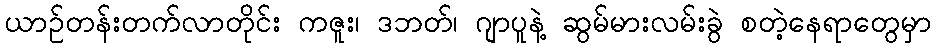
ယာဉ်တန်းတက်လာတိုင်း ကဇူး၊ ဒဘတ်၊ ဂျာပူနဲ့ ဆွမ်မားလမ်းခွဲ စတဲ့နေရာတွေမှာ